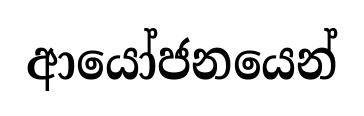
ආයෝජනයෙන්